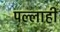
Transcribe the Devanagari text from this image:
पल्लाही